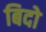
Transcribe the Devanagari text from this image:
बिदो